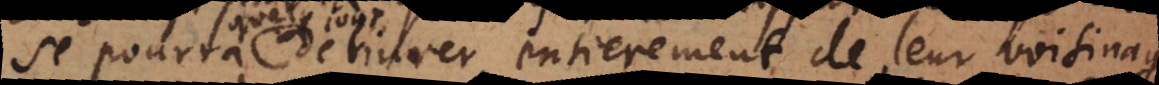
se pourra delivrer entierement de leur voisinage,